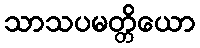
သာသပမတ္တိယော